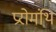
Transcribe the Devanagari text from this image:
प्ररोमंथि